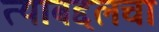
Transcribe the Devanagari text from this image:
त्याबद्दलचा